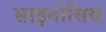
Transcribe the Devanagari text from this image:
साइनोसिस